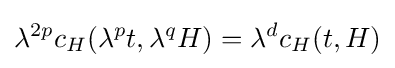
\lambda ^{2p}c_{H}(\lambda ^{p}t,\lambda ^{q}H)=\lambda ^{d}c_{H}(t,H)